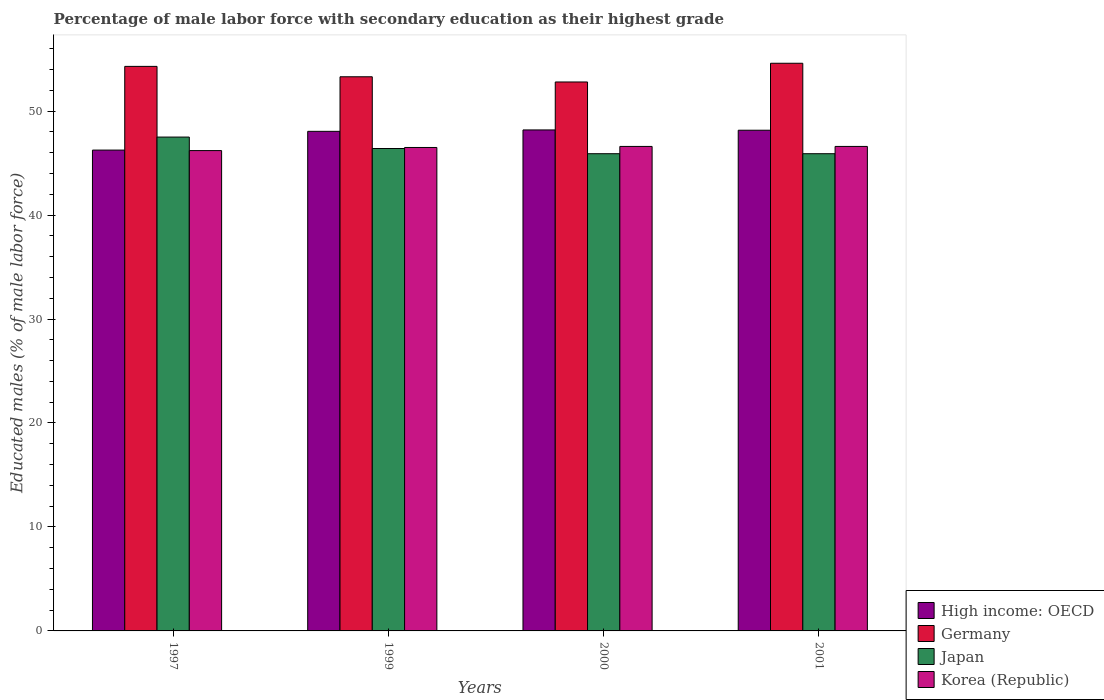
| Years | High income: OECD | Germany | Japan | Korea (Republic) |
 | --- | --- | --- | --- | --- |
 | 1997 | 46.2 | 54.3 | 47.5 | 46.2 |
 | 1999 | 48.1 | 53.3 | 46.4 | 46.5 |
 | 2000 | 48.2 | 52.8 | 45.9 | 46.6 |
 | 2001 | 48.2 | 54.6 | 45.9 | 46.6 |